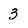
Character: 3